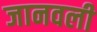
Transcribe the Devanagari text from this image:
जानवली